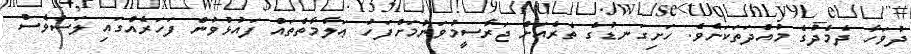
ދުވަހާ ދެމެދުގެ މުއްދަތަކަށެވެ. ހަށިގަނޑުގެ ތެރެއަށް ޖަރާސީމުވަނުމަށްފަހު ޢަލާމާތްތައް ފައުޅުވުން ފަހަރެއްގައި ލަސްވެސް